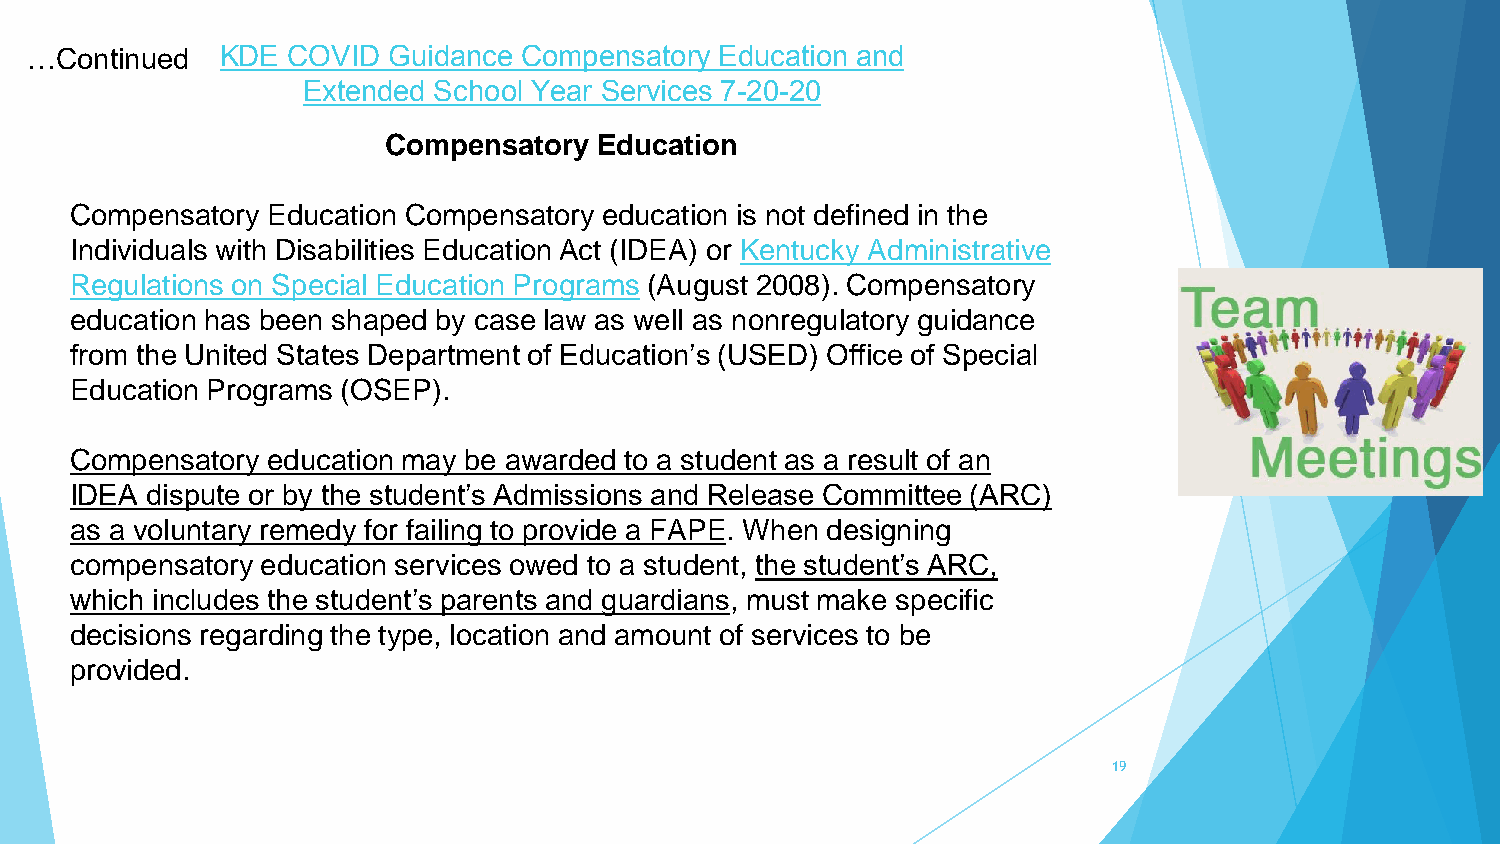
…Continued   KDE COVID  Guidance Compensatory Education and
 Extended School Year Services 7-20-20
 Compensatory  Education
 Compensatory Education Compensatory education is not defined in the
 Individuals with Disabilities Education Act (IDEA) or Kentucky Administrative
 Regulations on Special Education Programs (August 2008). Compensatory
 education has been shaped by case law as well as nonregulatory guidance
 from the United States Department of Education’s (USED) Office of Special
 Education Programs (OSEP).
 Compensatory education may be awarded to a student as a result of an
 IDEA dispute or by the student’s Admissions and Release Committee (ARC)
 as a voluntary remedy for failing to provide a FAPE. When designing
 compensatory education services owed to a student, the student’s ARC,
 which includes the student’s parents and guardians, must make specific
 decisions regarding the type, location and amount of services to be
 provided.
 19